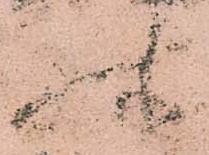
殊